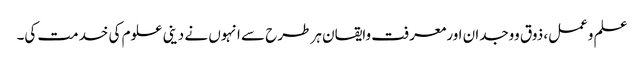
علم وعمل، ذوق ووجدان اورمعرفت وایقان ہر طرح سے انہوں نے دینی علوم کی خدمت کی۔